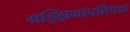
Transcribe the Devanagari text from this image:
मझ्झिमापतिपदा